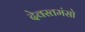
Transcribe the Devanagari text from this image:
देवस्तमंसो